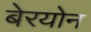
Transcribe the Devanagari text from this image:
बेरयोन